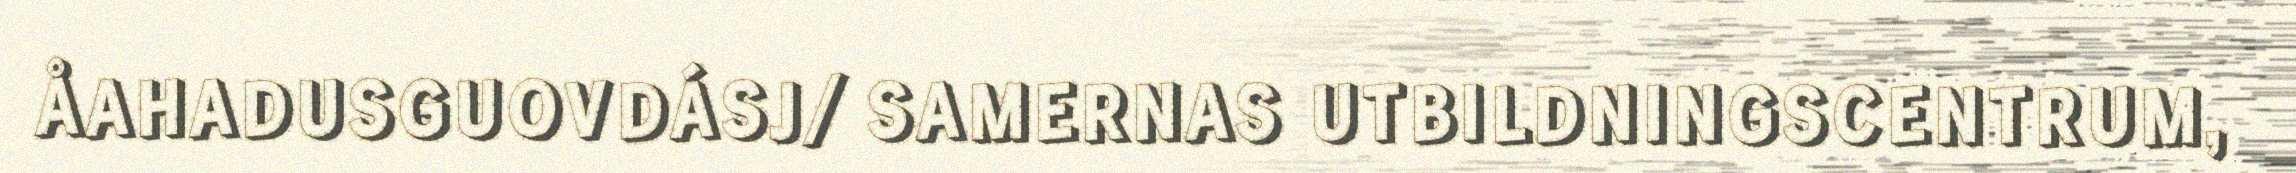
ÅAHADUSGUOVDÁSJ/ SAMERNAS UTBILDNINGSCENTRUM,